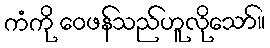
ကံကို ဝေဖန်သည်ဟူလိုသော်။